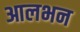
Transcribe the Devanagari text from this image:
आलभन